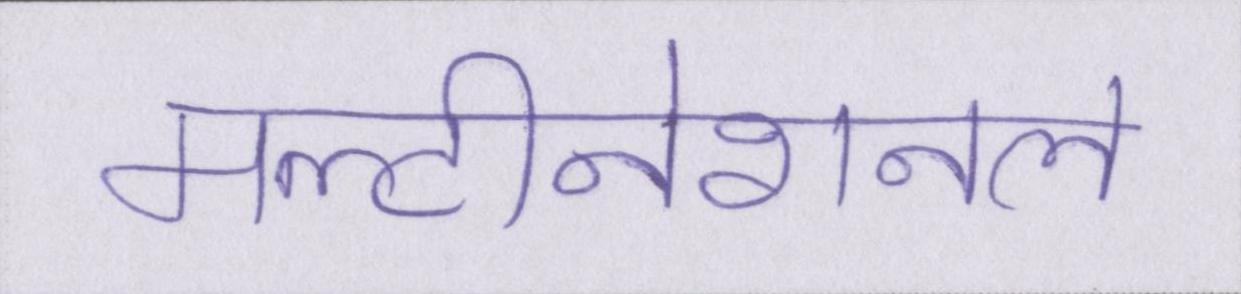
मल्टीनेशनल